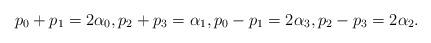
LaTeX: \begin{gather*}p_0+p_1=2\alpha_0,p_2+p_3=\alpha_1,p_0-p_1=2\alpha_3,p_2-p_3=2\alpha_2.\end{gather*}